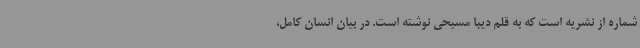
شماره از نشریه است که به قلم دیبا مسیحی نوشته است. در بیان انسان کامل،